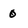
Character: 0